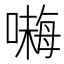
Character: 𱔙